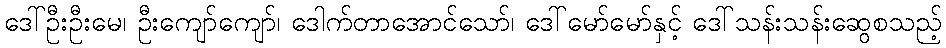
ဒေါ်ဦးဦးမေ၊ ဦးကျော်ကျော်၊ ဒေါက်တာအောင်သော်၊ ဒေါ်မော်မော်နှင့် ဒေါ်သန်းသန်းဆွေစသည့်